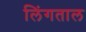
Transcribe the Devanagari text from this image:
लिंगताल